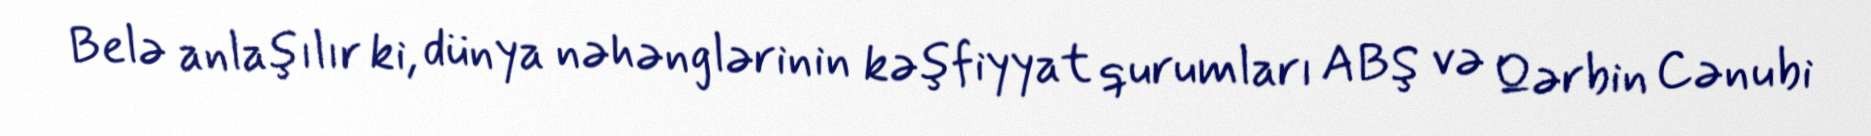
Belə anlaşılır ki, dünya nəhənglərinin kəşfiyyat qurumları ABŞ və Qərbin Cənubi